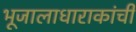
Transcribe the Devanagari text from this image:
भूजालाधाराकांची